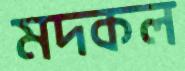
মদকল